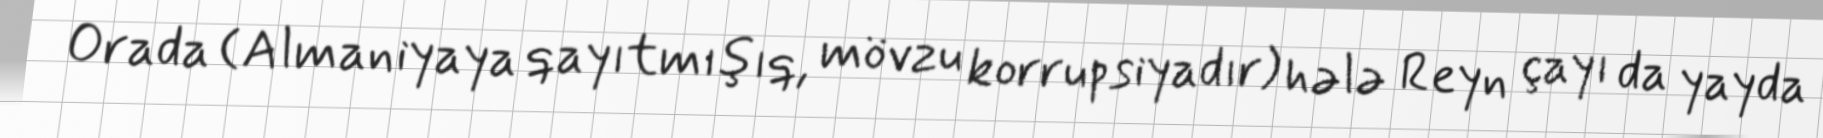
Orada (Almaniyaya qayıtmışıq, mövzu korrupsiyadır) hələ Reyn çayı da yayda